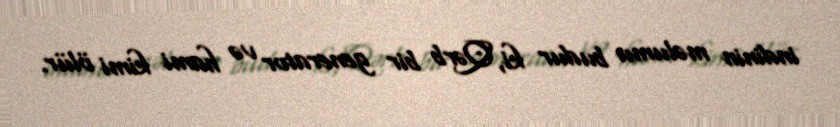
indinin məlumu budur ki, Qərb bir generator və hami kimi ölür.